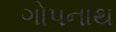
ગોપનાથ